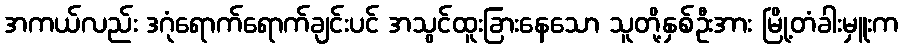
အကယ်လည်း ဒဂုံရောက်ရောက်ချင်းပင် အသွင်ထူးခြားနေသော သူတို့နှစ်ဦးအား မြို့တံခါးမှူးက